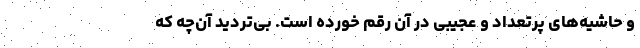
و حاشیه‌های پرتعداد و عجیبی در آن رقم خورده است. بی‌تردید آن‌چه که